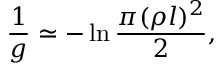
\frac { 1 } { g } \simeq - \ln \frac { \pi ( \rho l ) ^ { 2 } } { 2 } ,